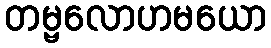
တမ္ဗလောဟမယော